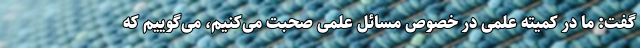
گفت: ما در کمیته علمی در خصوص مسائل علمی صحبت می‌کنیم، می‌گوییم که